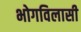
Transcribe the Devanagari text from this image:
भोगविलासी